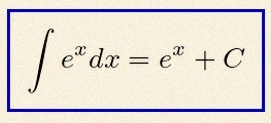
\int e^x dx=e^x+C